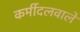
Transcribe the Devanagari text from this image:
कर्मीदलवाले